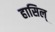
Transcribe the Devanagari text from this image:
हासिल्